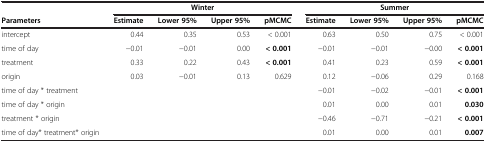
<table><thead><tr><td><b> </b></td><td colspan="4"><b>Winter</b></td><td colspan="4"><b>Summer</b></td></tr><tr><td><b>Parameters</b></td><td><b>Estimate</b></td><td><b>Lower 95%</b></td><td><b>Upper 95%</b></td><td><b>pMCMC</b></td><td><b>Estimate</b></td><td><b>Lower 95%</b></td><td><b>Upper 95%</b></td><td><b>pMCMC</b></td></tr></thead><tbody><tr><td>intercept</td><td>0.44</td><td>0.35</td><td>0.53</td><td>&lt; 0.001</td><td>0.63</td><td>0.50</td><td>0.75</td><td>&lt; 0.001</td></tr><tr><td>time of day</td><td>−0.01</td><td>−0.01</td><td>0.00</td><td><b>&lt; 0.001</b></td><td>−0.01</td><td>−0.01</td><td>−0.00</td><td><b>&lt; 0.001</b></td></tr><tr><td>treatment</td><td>0.33</td><td>0.22</td><td>0.43</td><td><b>&lt; 0.001</b></td><td>0.41</td><td>0.23</td><td>0.59</td><td><b>&lt; 0.001</b></td></tr><tr><td>origin</td><td>0.03</td><td>−0.01</td><td>0.13</td><td>0.629</td><td>0.12</td><td>−0.06</td><td>0.29</td><td>0.168</td></tr><tr><td>time of day * treatment</td><td> </td><td> </td><td> </td><td> </td><td>−0.01</td><td>−0.02</td><td>−0.01</td><td><b>&lt; 0.001</b></td></tr><tr><td>time of day * origin</td><td> </td><td> </td><td> </td><td> </td><td>0.01</td><td>0.00</td><td>0.01</td><td><b>0.030</b></td></tr><tr><td>treatment * origin</td><td> </td><td> </td><td> </td><td> </td><td>−0.46</td><td>−0.71</td><td>−0.21</td><td><b>&lt; 0.001</b></td></tr><tr><td>time of day* treatment* origin</td><td> </td><td> </td><td> </td><td> </td><td>0.01</td><td>0.00</td><td>0.01</td><td><b>0.007</b></td></tr></tbody></table>